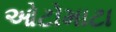
ઓટોમાટા